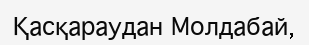
Қасқараудан Молдабай,